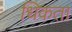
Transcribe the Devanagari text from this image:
धिकता